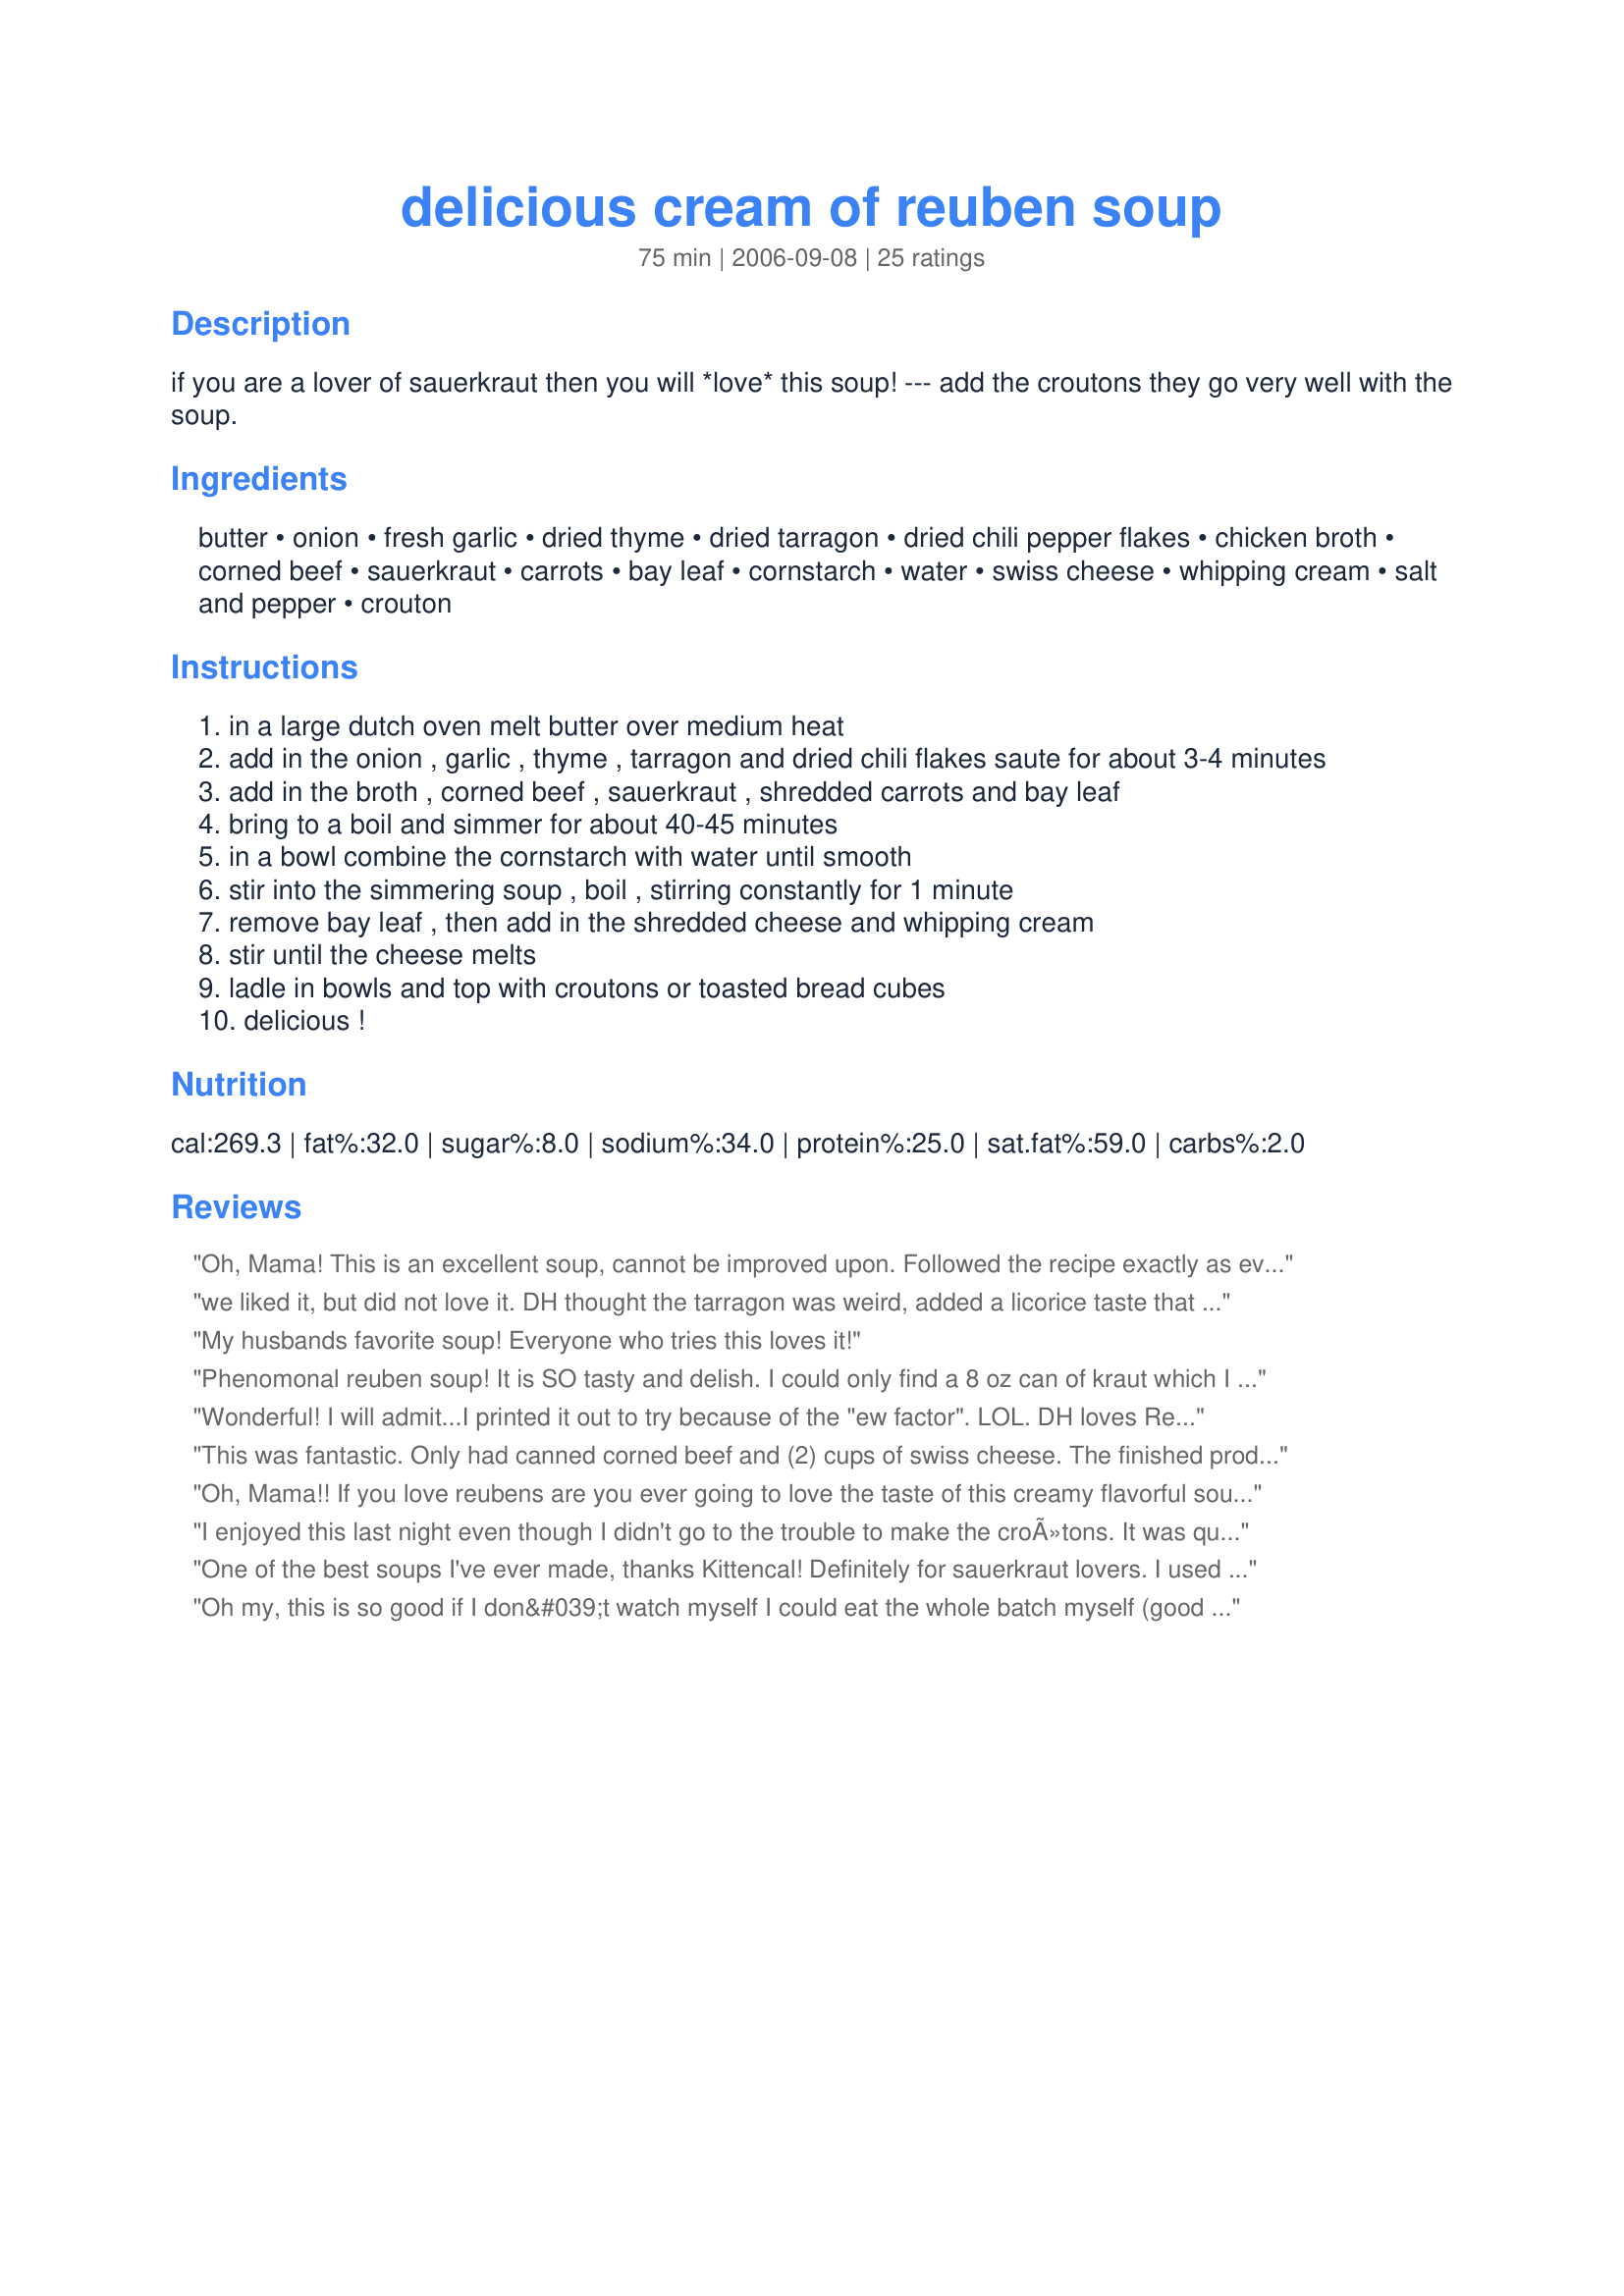
delicious cream of reuben soup
Preparation time: 75 minutes

if you are a lover of sauerkraut then you will *love* this soup! --- add the croutons they go very well with the soup.

Ingredients:
butter, onion, fresh garlic, dried thyme, dried tarragon, dried chili pepper flakes, chicken broth, corned beef, sauerkraut, carrots, bay leaf, cornstarch, water, swiss cheese, whipping cream, salt and pepper, crouton

Steps:
in a large dutch oven melt butter over medium heat
add in the onion , garlic , thyme , tarragon and dried chili flakes saute for about 3-4 minutes
add in the broth , corned beef , sauerkraut , shredded carrots and bay leaf
bring to a boil and simmer for about 40-45 minutes
in a bowl combine the cornstarch with water until smooth
stir into the simmering soup , boil , stirring constantly for 1 minute
remove bay leaf , then add in the shredded cheese and whipping cream
stir until the cheese melts
ladle in bowls and top with croutons or toasted bread cubes
delicious !

Reviews:
Oh, Mama! This is an excellent soup, cannot be improved upon. Followed the recipe exactly as every ingredient was one that I am allowed to eat.

What is even more wonderful then the taste, is that my blood glucose loved this low carb pot of yum. Kraut loving diabetics will be so very happy. And the second day it tastes even better, as the flavors marry. Thank you for this creation.
we liked it, but did not love it. DH thought the tarragon was weird, added a licorice taste that "did not fit". next time i make, i will sprinkle the swiss cheese to the top of the soup, because it did not melt well and made the soup stringy. it will be made again, because we both love sauerkraut and Reuben sandwiches.
My husbands favorite soup! Everyone who tries this loves it!
Phenomonal reuben soup! It is SO tasty and delish. I could only find a 8 oz can of kraut which I rinsed well before adding to the soup. I made homemade croutons using leftover dark rye bread to top it off. I had accolades all around from everyone. A definite repeat in our house.
Wonderful! I will admit...I printed it out to try because of the "ew factor". LOL. DH loves Reuben sandwiches, so I wanted to see his reaction to it in a soup. Well. He. Ate. It. Up. Love it! In fact, we are having it again this week. YUM.
This was fantastic. Only had canned corned beef and (2) cups of swiss cheese. The finished product was absolutely delicious. Without question, this will become a regular meal in our household. I have already emailed the recipe to two friends. THANK YOU for posting.

BTW - everything that I have made of yours has turned out great. You have a gift.
Oh, Mama!! If you love reubens are you ever going to love the taste of this creamy flavorful soup! I made exactly as directed and would not dare change a thing about this recipe. It is PERFECT as written! Thank you!! Thank you!! Thank you, Kittencal! : )
I enjoyed this last night even though I didn't go to the trouble to make the croÃ»tons. It was quite cool outside and this soup Hit The Spot! DH commented that the soup was "very nice...goes well with brewer's yeast on top." And teenage daughters said, "It was very tasty...good dish...filling...the textures were nice...and...it was content-ify-ing." (: Thanks for posting this recipe.
One of the best soups I've ever made, thanks Kittencal! Definitely for sauerkraut lovers. I used corned beef from the deli, but next time I think I'll make it with leftover corned beef from an Irish dinner. I didn't add the chili flakes, but might add a few next time. Used a 15 ounce can of sauerkraut, next time I'll try to find the 10. Sliced the carrots finely instead of shredding, might try shredding next time if I have the energy and will add 1 or 2 more (we love carrots). A delicious and surprisingly healthy soup!<br/><br/>ETA: I made this a second time and used a bag of shredded swiss, but it didn't melt very well and got clumpy. I think I'll have to shred the cheese myself from now on. Stilll wonderfully delcious!
Oh my, this is so good if I don&#039;t watch myself I could eat the whole batch myself (good thing I only made 1/2 a recipe).
This is wonderful even with some of the calorie saving changes I made. I used skim milk instead of cream and halved the amount of cheese. I know this would have been even better prepared as written, but it still tasted rich and delicious.
Of course it would your recipe that I love !!!! Had it at a restaurant last week and put it in the search and their you were. This is even better than what I had in the restaurant ....I really enjoyed the carrots and the nice blend of spices !!! Thanks Kitten
This is really good. My DH is already asking when we're going to have it again. It goes together quickly and smells great while it's cooking. Thanks.
oh, yummmm. i left out the tarragon and bay leaf because i didn't have them, and the carrots, because i forgot them by accident...used fat free half and half thanks to another reviewer, and used a 14 oz. can of sauerkraut because that's what i had. i'll be making this again for sure
This is such a comforting and soothing soup. The weather "outside was frightful" and this soup "inside was delightful". Instead of the whipping cream, I used non-fat half and half. I'm not saying I couldn't tell the difference (since I haven't had it with the real stuff), but I'll say it tasted rich and creamy just the same. I made home made croutons "Recipe #93223" -- I had some dark rye bread and it was the prefect bread to use for the croutons. If you like Reubens, this soup won't disappoint. Thanks, Kitten -- we so enjoyed this.
I really enjoyed this soup. Yum. I think the only thing I'll do differently next time is to simmer the corned beef for a couple of hours-- 45 min isn't really sufficient to make it tender. I used petite baby carrots and added one large russet potato in chunks too. I also added maybe 1/2 tsp of caraway seeds and 1 T of chives. Delicious. Thanks for posting!
I have to admit that I didn't have really high expectations for this soup. Boy, was I wrong! This was so good! My whole family loved it, even the kiddos. My husband made homemade dark rye croutons and they went great with it! This has got to be the weirdest soup I have ever made but I WILL be making it again and again! Thanks, Kitten!!
So good! I used less cheese, fat-free half and half, a little more corn starch and added Penzey&#039;s Mural of Flavor spice mix. I wish I would have remembered the pumpernickel croutons; that would have made it perfect! I am hoping it will freeze well.
Forget all other Reuben Soup recipes - THIS is the one. The carrots make it different. Do not worry about mixing chicken stock with beef - it's perfect. I make many wonderful soups but this one is so unusual and gets the most requests (which is great because it's the easiet). I don't add the croutons but serve it with Jewish rye (the little loaf) so it can be added at the table if desired. Enjoy!
Instead of cream, I used a can of condensed milk. My husband requested this AGAIN! Just wonderful!
Made this yesterday for dinner and it was absolutely delicious! Even better today for lunch. Will definitely make this again. Only change will be to double it. I want some right now! Thank you Kittencal.
This was great! I too used Fat Free Half and Half. I also used my left over corned beef from St Patty's Day.
Loved it! I used a 15-oz jar of sauerkraut. I also added a diced potato.... I just thought it would go well in here and it did! Thanx for a great soup to satisfy the sauerkraut-lover in me. ;)
UPDATE: 3/12/11: Made this again and received RAVE reviews. Thanks for a great recipe that helps me use my Corned Beef leftovers!!!! {ORIGINAL REVIEW: Yum! I am considerably satisfied after eating this soup. Thank you! It was so simple to make and a great way to use my leftover cooked corned beef from New Years Eve. :) Will certainly make again. p.s. - I used only 1/2 tsp of pepper flakes, and that was just perfect.}
Boyfriend and i loved!! added a few more chili pepper flakes, cause we like it spicy. SUPER idea!!
